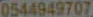
0544949707